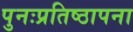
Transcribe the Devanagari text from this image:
पुनःप्रतिष्ठापना